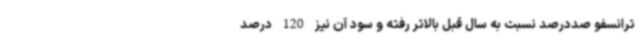
ترانسفو صددرصد نسبت به سال قبل بالاتر رفته و سود آن نیز 120 درصد